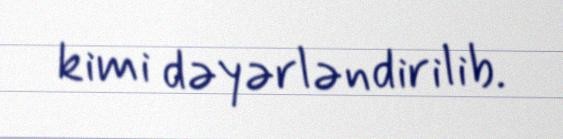
kimi dəyərləndirilib.